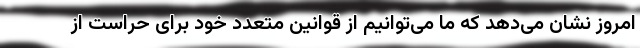
امروز نشان می‌دهد که ما می‌توانیم از قوانین متعدد خود برای حراست از